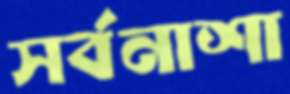
সর্বনাশা